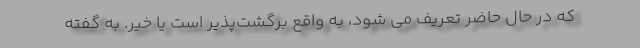
که در حال حاضر تعریف می شود، به واقع برگشت‌پذیر است یا خیر. به گفته